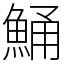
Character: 鯒